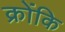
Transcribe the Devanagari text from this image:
क्रोंकि